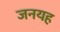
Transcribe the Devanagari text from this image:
जनयह